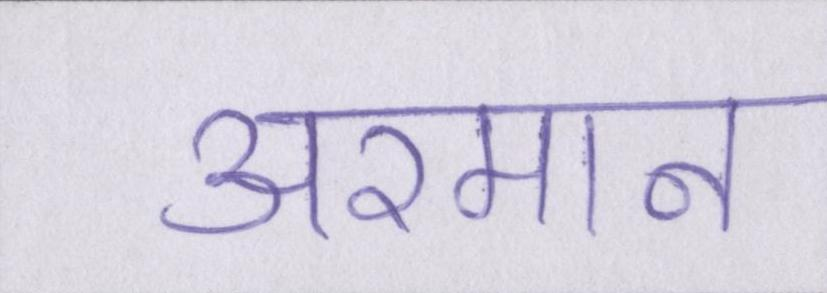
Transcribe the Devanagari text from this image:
अरमान